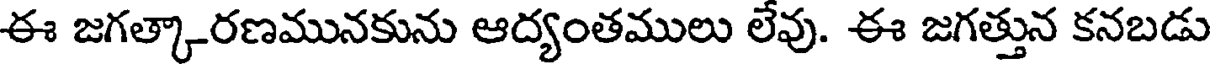
ఈ జగత్కారణమునకును ఆద్యంతములు లేవు. ఈ జగత్తున కనబడు